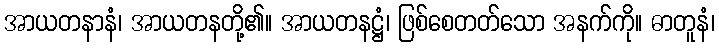
အာယတနာနံ၊ အာယတနတို့၏။ အာယတနဋ္ဌံ၊ ဖြစ်စေတတ်သော အနက်ကို။ ဓာတူနံ၊